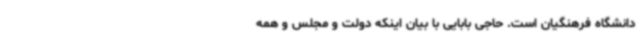
دانشگاه فرهنگیان است. حاجی بابایی با بیان اینکه دولت و مجلس و همه